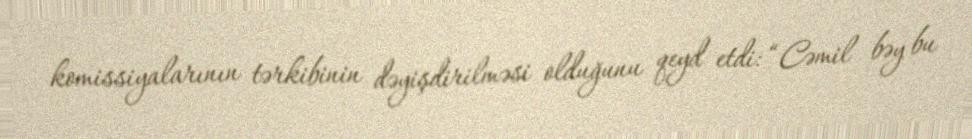
komissiyalarının tərkibinin dəyişdirilməsi olduğunu qeyd etdi: “Cəmil bəy bu